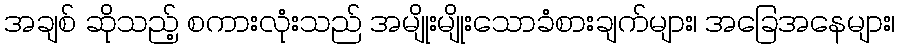
အချစ် ဆိုသည့် စကားလုံးသည် အမျိုးမျိုးသောခံစားချက်များ၊ အခြေအနေများ၊